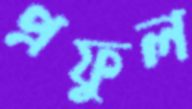
প্রফুল